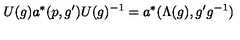
U ( g ) a ^ { * } ( p , g ^ { \prime } ) U ( g ) ^ { - 1 } = a ^ { * } ( \Lambda ( g ) , g ^ { \prime } g ^ { - 1 } )